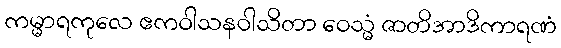
ကမ္မာရကုလေ ဧကဝါသနဝါသိတာ ဝေသ္မံ ဇာတိအာဒိကာရဏံ